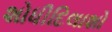
શોધીદિલાશો